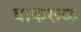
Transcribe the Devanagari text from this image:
वाकरूळ